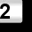
Digit: 2